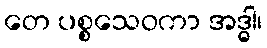
တေ ပစ္စသေဝကာ အဒ္ဓါ၊